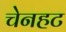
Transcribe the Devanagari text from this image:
चेनहट